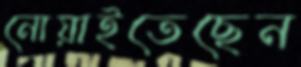
নোয়াইতেছেন